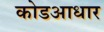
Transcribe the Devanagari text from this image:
कोडआधार